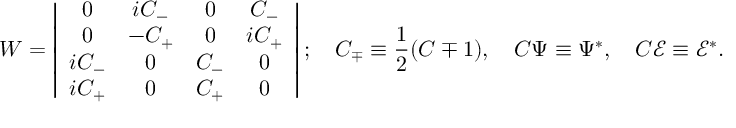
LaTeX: W = \left| \begin{array} { c c c c } { { 0 } } & { { i C _ { - } } } & { { 0 } } & { { C _ { - } } } \\ { { 0 } } & { { - C _ { + } } } & { { 0 } } & { { i C _ { + } } } \\ { { i C _ { - } } } & { { 0 } } & { { C _ { - } } } & { { 0 } } \\ { { i C _ { + } } } & { { 0 } } & { { C _ { + } } } & { { 0 } } \end{array} \right| ; \quad C _ { \mp } \equiv \frac 1 2 ( C \mp 1 ) , \quad C \Psi \equiv \Psi ^ { * } , \quad C \mathcal { E } \equiv \mathcal { E } ^ { * } .